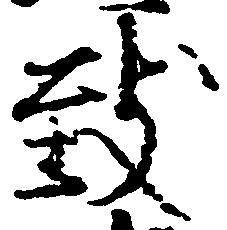
致